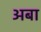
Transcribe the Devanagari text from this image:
अबा